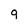
Character: q